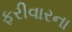
ફરીવારના